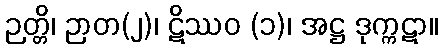
ဉတ္တိ၊ ဉာတ(၂)၊ ဋိဿဝ (၁)၊ အဋ္ဌ ဒုက္ကဋာ။